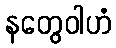
နတွေဝါဟံ